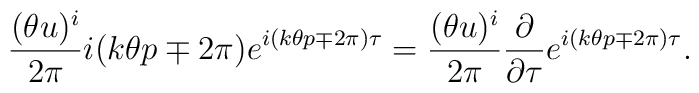
\frac{(\theta u)^i}{2 \pi} i ( k \theta p \mp 2 \pi )e^{i (k \theta p \mp 2 \pi) \tau}= \frac{(\theta u)^i}{2 \pi}\frac{\partial}{\partial \tau}e^{i (k \theta p \mp 2 \pi) \tau}.